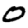
Digit: 0